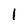
Character: l